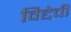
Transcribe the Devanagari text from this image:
विद्देची